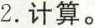
2. 计算。